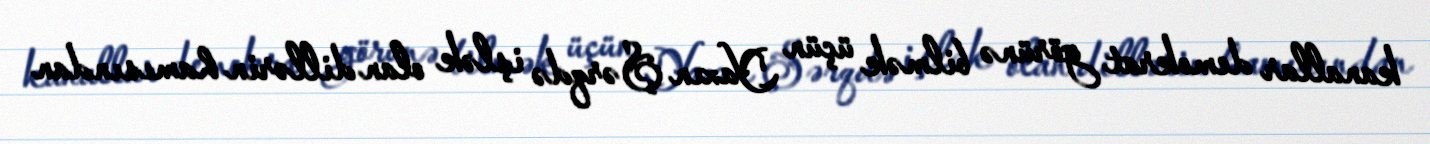
kanallar demokrat görünə bilmək üçün Yaxın Şərqdə işlək olan dillərin hamısından